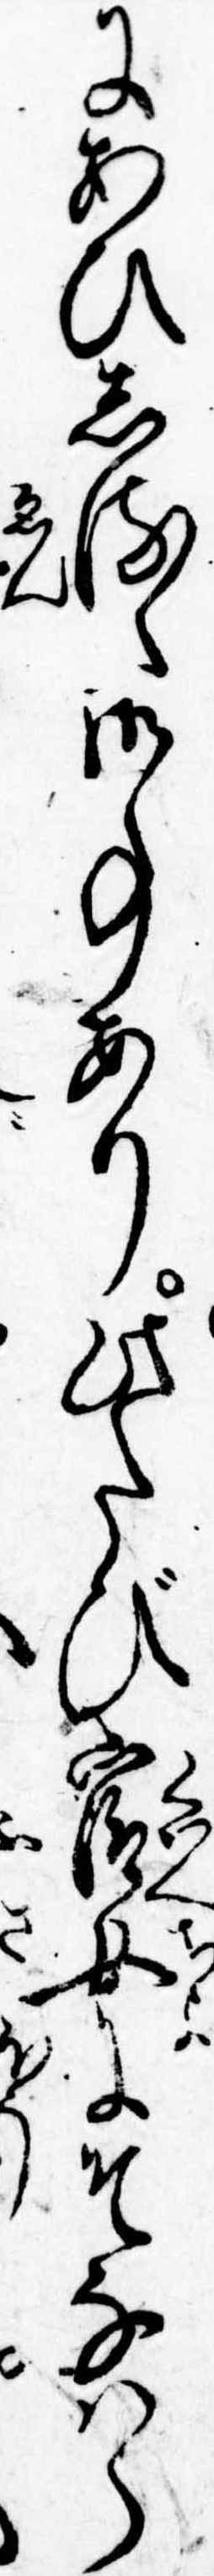
にあひしるゝ御事あり此たび官女にそなはら